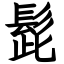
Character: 髭